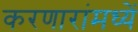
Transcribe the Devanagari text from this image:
करणारांमध्यें